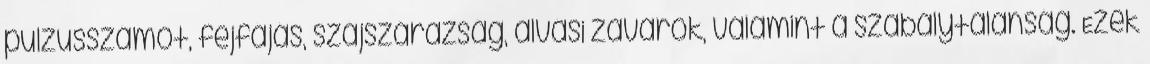
pulzusszámot, fejfájás, szájszárazság, alvási zavarok, valamint a szabálytalanság. Ezek